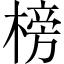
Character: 榜